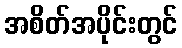
အစိတ်အပိုင်းတွင်